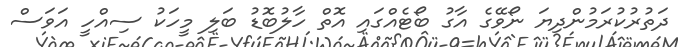
ދަތުރުކުރަމުންދިޔަ ނޯވޭގެ އާގު ބޯޓެއްގައި އޮތް ހާލުބޮޑު ބަލި މީހަކު ސިއްހީ އަވަސް